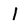
Character: I